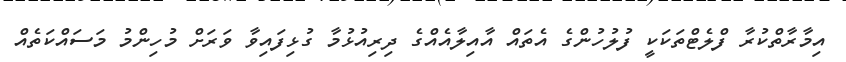
އިމާރާތްކުރާ ފްލެޓްތަކަކީ ފުލުހުންގެ އެތައް އާއިލާއެއްގެ ދިރިއުޅުމާ ގުޅިފައިވާ ވަރަށް މުހިންމު މަސައްކަތެއް